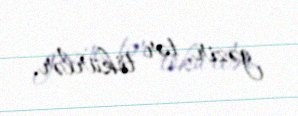
gəzir, tər tökürlər.